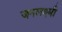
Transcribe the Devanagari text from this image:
जनलक्ष्मी